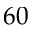
6 0